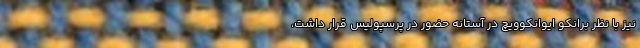
نیز با نظر برانکو ایوانکوویچ در آستانه حضور در پرسپولیس قرار داشت،